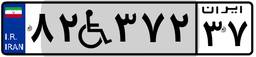
۸۲W۳۷۲۳۷